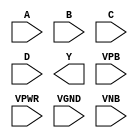
module sky130_fd_sc_hdll__nand4 (
    //# {{data|Data Signals}}
    input  A   ,
    input  B   ,
    input  C   ,
    input  D   ,
    output Y   ,

    //# {{power|Power}}
    input  VPB ,
    input  VPWR,
    input  VGND,
    input  VNB
);
endmodule